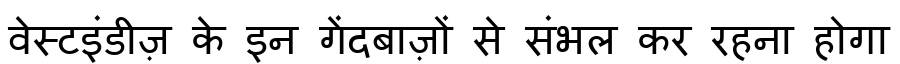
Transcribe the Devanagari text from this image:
वेस्टइंडीज़ के इन गेंदबाज़ों से संभल कर रहना होगा